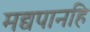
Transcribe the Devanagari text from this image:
मद्यपानहि